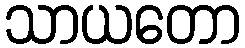
သာယတော